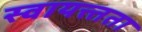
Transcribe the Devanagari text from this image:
स्वायत्त्तता